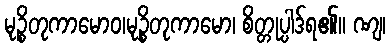
မုဉ္စိတုကာမောဝ၊မုဉ္စိတုကာမော၊ စိတ္တုပ္ပါဒ်ရ၏။ ဏျ၊